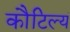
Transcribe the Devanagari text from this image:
कौटिल्यं